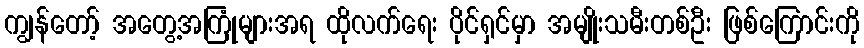
ကျွန်တော့် အတွေ့အကြုံများအရ ထိုလက်ရေး ပိုင်ရှင်မှာ အမျိုးသမီးတစ်ဦး ဖြစ်ကြောင်းကို